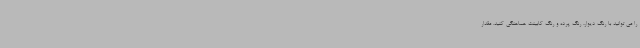
را می توانید با رنگ دیوار، رنگ پرده و رنگ کابینت هماهنگی کنید. مقدار